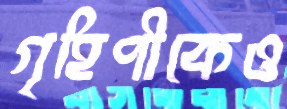
গৃহিণীকেও